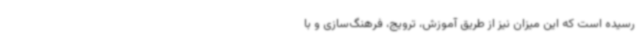
رسیده است که این میزان نیز از طریق آموزش، ترویج، فرهنگ‌سازی و با